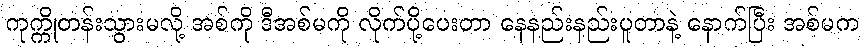
ကုက္ကိုတန်းသွားမလို့ အစ်ကို ဒီအစ်မကို လိုက်ပို့ပေးတာ နေနည်းနည်းပူတာနဲ့ နောက်ပြီး အစ်မက